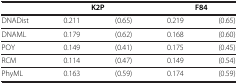
<table><thead><tr><td><b> </b></td><td colspan="2"><b>K2P</b></td><td colspan="2"><b>F84</b></td></tr></thead><tbody><tr><td>DNADist</td><td>0.211</td><td>(0.65)</td><td>0.219</td><td>(0.65)</td></tr><tr><td>DNAML</td><td>0.179</td><td>(0.62)</td><td>0.168</td><td>(0.60)</td></tr><tr><td>POY</td><td>0.149</td><td>(0.41)</td><td>0.175</td><td>(0.45)</td></tr><tr><td>RCM</td><td>0.114</td><td>(0.47)</td><td>0.149</td><td>(0.54)</td></tr><tr><td>PhyML</td><td>0.163</td><td>(0.59)</td><td>0.174</td><td>(0.59)</td></tr></tbody></table>